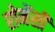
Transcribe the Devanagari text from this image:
रोमेंसी